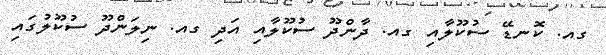
ގއ. ކޮނޑޭ ސުކޫލާއި ގއ. ދާންދޫ ސުކޫލާއި އަދި ގއ. ނިލަންދޫ ސުކޫލުގައި